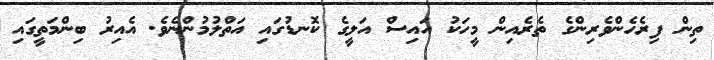
ތިން ފިރެހެންވެރިންގެ ތެރެއިން މީހަކު އައިސް އަލީގެ ކޮނޑުގައި އަތްލުމުންނެވެ. އެއިރު ބިންމަތީގައި